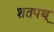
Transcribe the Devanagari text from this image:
शतपथ्